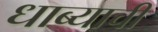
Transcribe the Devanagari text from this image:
धाब्याची